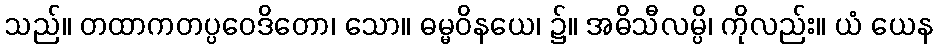
သည်။ တထာကတပ္ပဝေဒိတော၊ သော။ ဓမ္မဝိနယေ၊ ၌။ အဓိသီလမ္ပိ၊ ကိုလည်း။ ယံ ယေန